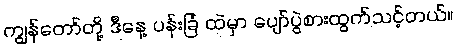
ကျွန်တော်တို့ ဒီနေ့ ပန်းခြံ ထဲမှာ ပျော်ပွဲစားထွက်သင့်တယ်။